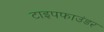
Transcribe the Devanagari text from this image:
टाइपफाउंडर